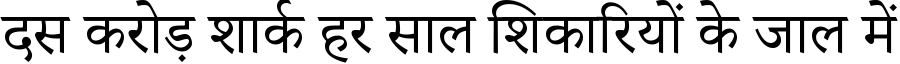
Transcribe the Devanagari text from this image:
दस करोड़ शार्क हर साल शिकारियों के जाल में